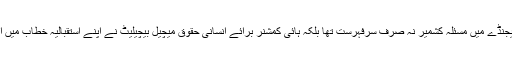
انسانی حقوق کونسل کے 42 ویں اجلاس کے ایجنڈے میں مسئلہ کشمیر نہ صرف سرفہرست تھا بلکہ ہائی کمشنر برائے انسانی حقوق میچیل بیچیلیٹ نے اپنے استقبالیہ خطاب میں اس مسئلے کا خاص طور پر تذکرہ بھی کیا تھا۔